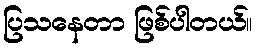
ပြသနေတာ ဖြစ်ပါတယ်။